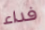
فداء